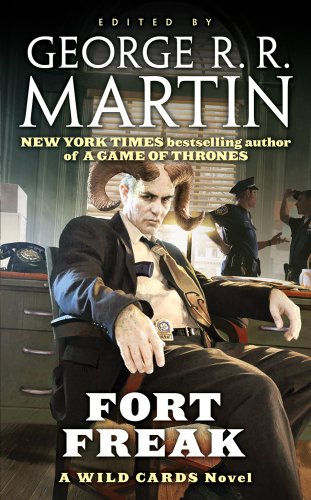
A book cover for Fort Freak (Wild Cards); George R. R. Martin; Science Fiction & Fantasy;